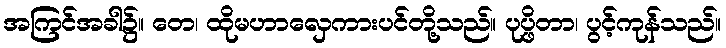
အကြင်အခါ၌။ တေ၊ ထိုမဟာလှေကားပင်တို့သည်။ ပုပ္ဖိတာ၊ ပွင့်ကုန်သည်။